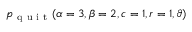
\displaystyle p _ { \mathrm { ~ q ~ u ~ i ~ t ~ } } ( \alpha = 3 , \beta = 2 , c = 1 , r = 1 , \vartheta )